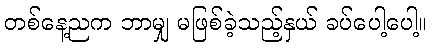
တစ်နေ့ညက ဘာမျှ မဖြစ်ခဲ့သည့်နှယ် ခပ်ပေါ့ပေါ့။